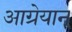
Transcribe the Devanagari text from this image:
आग्रेयान्